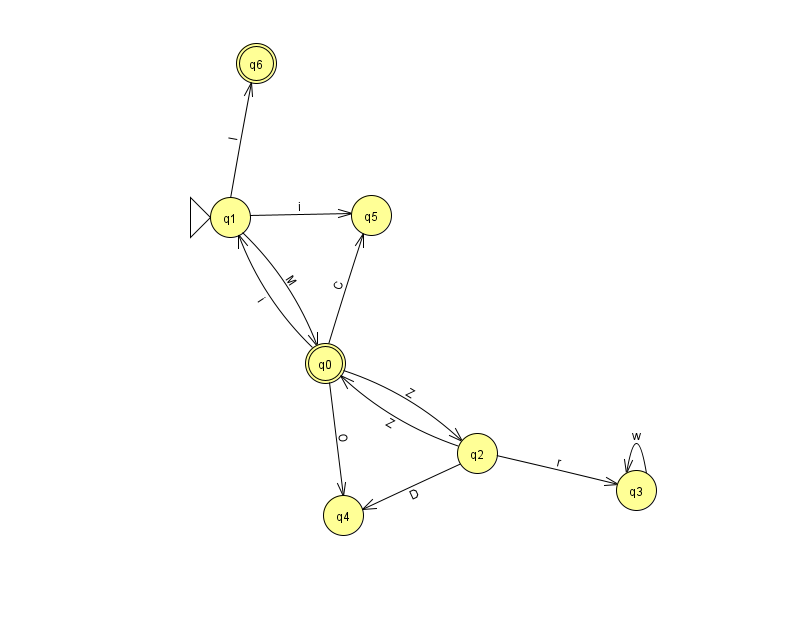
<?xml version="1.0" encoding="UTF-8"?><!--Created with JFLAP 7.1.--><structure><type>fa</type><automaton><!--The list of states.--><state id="0" name="q0"><x>325.0</x><y>350.0</y><final/></state><state id="1" name="q1"><x>230.0</x><y>204.0</y><initial/></state><state id="2" name="q2"><x>477.0</x><y>440.0</y></state><state id="3" name="q3"><x>636.0</x><y>477.0</y></state><state id="4" name="q4"><x>343.0</x><y>502.0</y></state><state id="5" name="q5"><x>371.0</x><y>202.0</y></state><state id="6" name="q6"><x>256.0</x><y>50.0</y><final/></state><!--The list of transitions.--><transition><from>0</from><to>2</to><read>Z</read></transition><transition><from>2</from><to>0</to><read>Z</read></transition><transition><from>1</from><to>5</to><read>i</read></transition><transition><from>3</from><to>3</to><read>w</read></transition><transition><from>0</from><to>5</to><read>C</read></transition><transition><from>2</from><to>3</to><read>r</read></transition><transition><from>1</from><to>0</to><read>M</read></transition><transition><from>2</from><to>4</to><read>D</read></transition><transition><from>0</from><to>1</to><read>i</read></transition><transition><from>0</from><to>4</to><read>O</read></transition><transition><from>1</from><to>6</to><read>l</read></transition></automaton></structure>